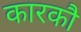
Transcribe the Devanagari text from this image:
कारकौ